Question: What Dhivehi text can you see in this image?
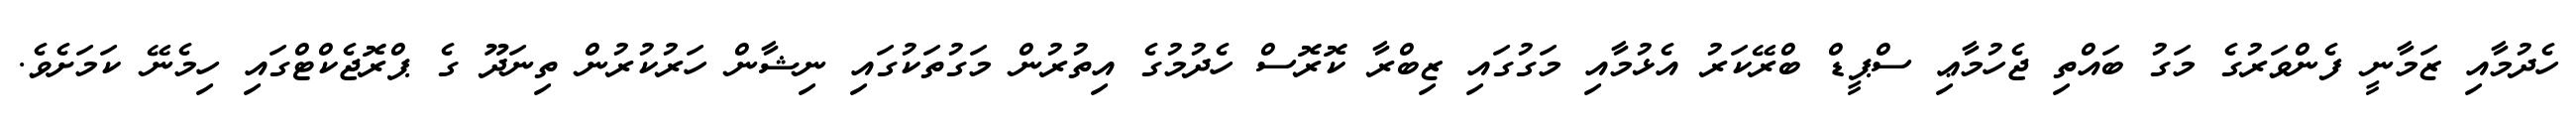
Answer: ހެދުމާއި ޒަމާނީ ފެންވަރުގެ މަގު ބައްތި ޖެހުމާޢި ސްޕީޑް ބްރޭކަރު އެޅުމާއި މަގުގައި ޒިބްރާ ކޮރޮސް ހެދުމުގެ އިތުރުން މަގުތަކުގައި ނިޝާން ހަރުކުރުން ތިނަދޫ ގެ ޕްރޮޖެކްޓްގައި ހިމެނޭ ކަމަށެވެ.